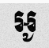
អូ